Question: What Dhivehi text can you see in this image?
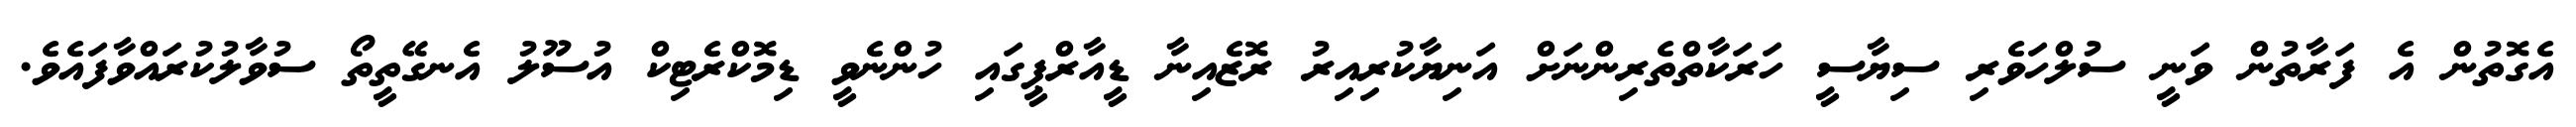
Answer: އެގޮތުން އެ ފަރާތުން ވަނީ ސުލްހަވެރި ސިޔާސީ ހަރަކާތްތެރިންނަށް އަނިޔާކުރިއިރު ރޮޒެއިނާ ޑީއާރްޕީގައި ހުންނެވީ ޑިމޮކްރެޓިކް އުސޫލު އެނގޭތީތޯ ސުވާލުކުރައްވާފައެވެ.